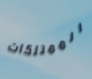
الممتلكات